画像に写った文字を読んでください
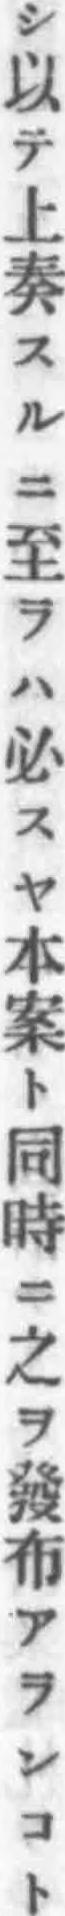
「シ以テ上奏スルニ至ラハ必スヤ本案ト同時ニ之ヲ發布アランコト」と書いてあります